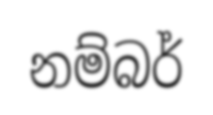
නම්බර්